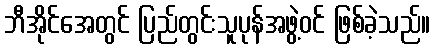
ဘီအိုင်အေတွင် ပြည်တွင်းသူပုန်အဖွဲ့ဝင် ဖြစ်ခဲ့သည်။